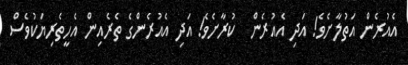
އެއުރެން އަތުލާށެވެ! އަދި އެއުރެން  ކުރާށެވެ! އަދި އެއުރެންގެ ތެރެއިން އެހީތެރިޔަކުވެސް